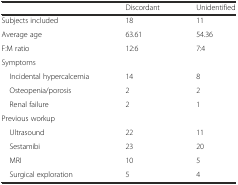
<table><thead><tr><td></td><td><b>Discordant</b></td><td><b>Unidentified</b></td></tr></thead><tbody><tr><td>Subjects included</td><td>18</td><td>11</td></tr><tr><td>Average age</td><td>63.61</td><td>54.36</td></tr><tr><td>F:M ratio</td><td>12:6</td><td>7:4</td></tr><tr><td colspan="3">Symptoms</td></tr><tr><td> Incidental hypercalcemia</td><td>14</td><td>8</td></tr><tr><td> Osteopenia/porosis</td><td>2</td><td>2</td></tr><tr><td> Renal failure</td><td>2</td><td>1</td></tr><tr><td colspan="3">Previous workup</td></tr><tr><td> Ultrasound</td><td>22</td><td>11</td></tr><tr><td> Sestamibi</td><td>23</td><td>20</td></tr><tr><td> MRI</td><td>10</td><td>5</td></tr><tr><td> Surgical exploration</td><td>5</td><td>4</td></tr></tbody></table>